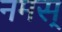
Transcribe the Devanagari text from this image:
नमस्‌